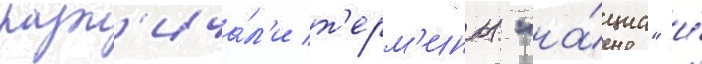
разл'ича́л'и т'ерм'ины "на́циа" и́